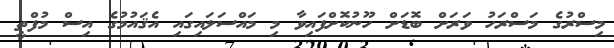
މިސްރުގެ މަސްރަހު ވަރަށް ބޮޑަށް ހޫނުކޮށްފައިވާ މި މައްސަލައިގައި އެޤައުމުގެ އިސް މުފްތީ